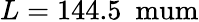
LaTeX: L=144.5~\mathrm{\ mum}